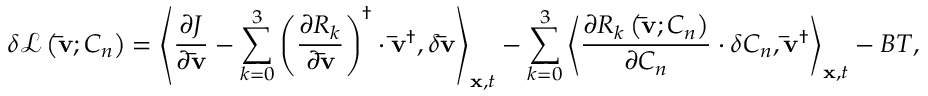
\delta \mathcal { L } \left( { { \bf { \bar { v } } } ; { C _ { n } } } \right) = { \left\langle { \frac { { \partial J } } { { \partial { \bf { \bar { v } } } } } - \sum _ { k = 0 } ^ { 3 } { { { \left( { \frac { { \partial { R _ { k } } } } { { \partial { \bf { \bar { v } } } } } } \right) } ^ { \dag } } \cdot { { { \bf { \bar { v } } } } ^ { \dag } } } , \delta { \bf { \bar { v } } } } \right\rangle _ { { \bf { x } } , t } } - \sum _ { k = 0 } ^ { 3 } { { { \left\langle { \frac { { \partial { R _ { k } } \left( { { \bf { \bar { v } } } ; { C _ { n } } } \right) } } { { \partial { C _ { n } } } } \cdot \delta { C _ { n } } , { { { \bf { \bar { v } } } } ^ { \dag } } } \right\rangle } _ { { \bf { x } } , t } } } - B T ,